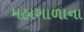
મહાશાળાના